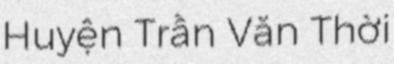
Huyện Trần Văn Thời